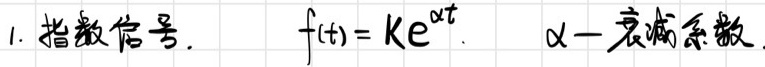
1. 指数信号. \quad $f(t)=Ke^{\alpha t}$. \quad $\alpha$—衰减系数.